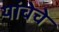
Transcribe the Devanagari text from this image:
यांचेचे